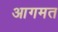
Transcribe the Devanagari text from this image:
आगमत